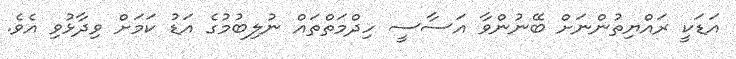
އަޑަކީ ރައްޔިތުންނަށް ބޭނުންވާ އަސާސީ ހިދްމަތްތައް ނުލިބުމުގެ އަޑު ކަމަށް ވިދާޅުވި އެވެ.